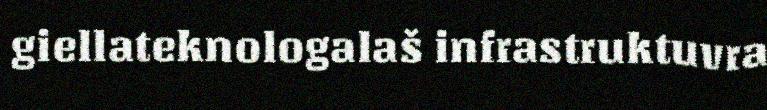
giellateknologalaš infrastruktuvra